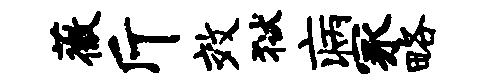
薇斤效狱病冢略